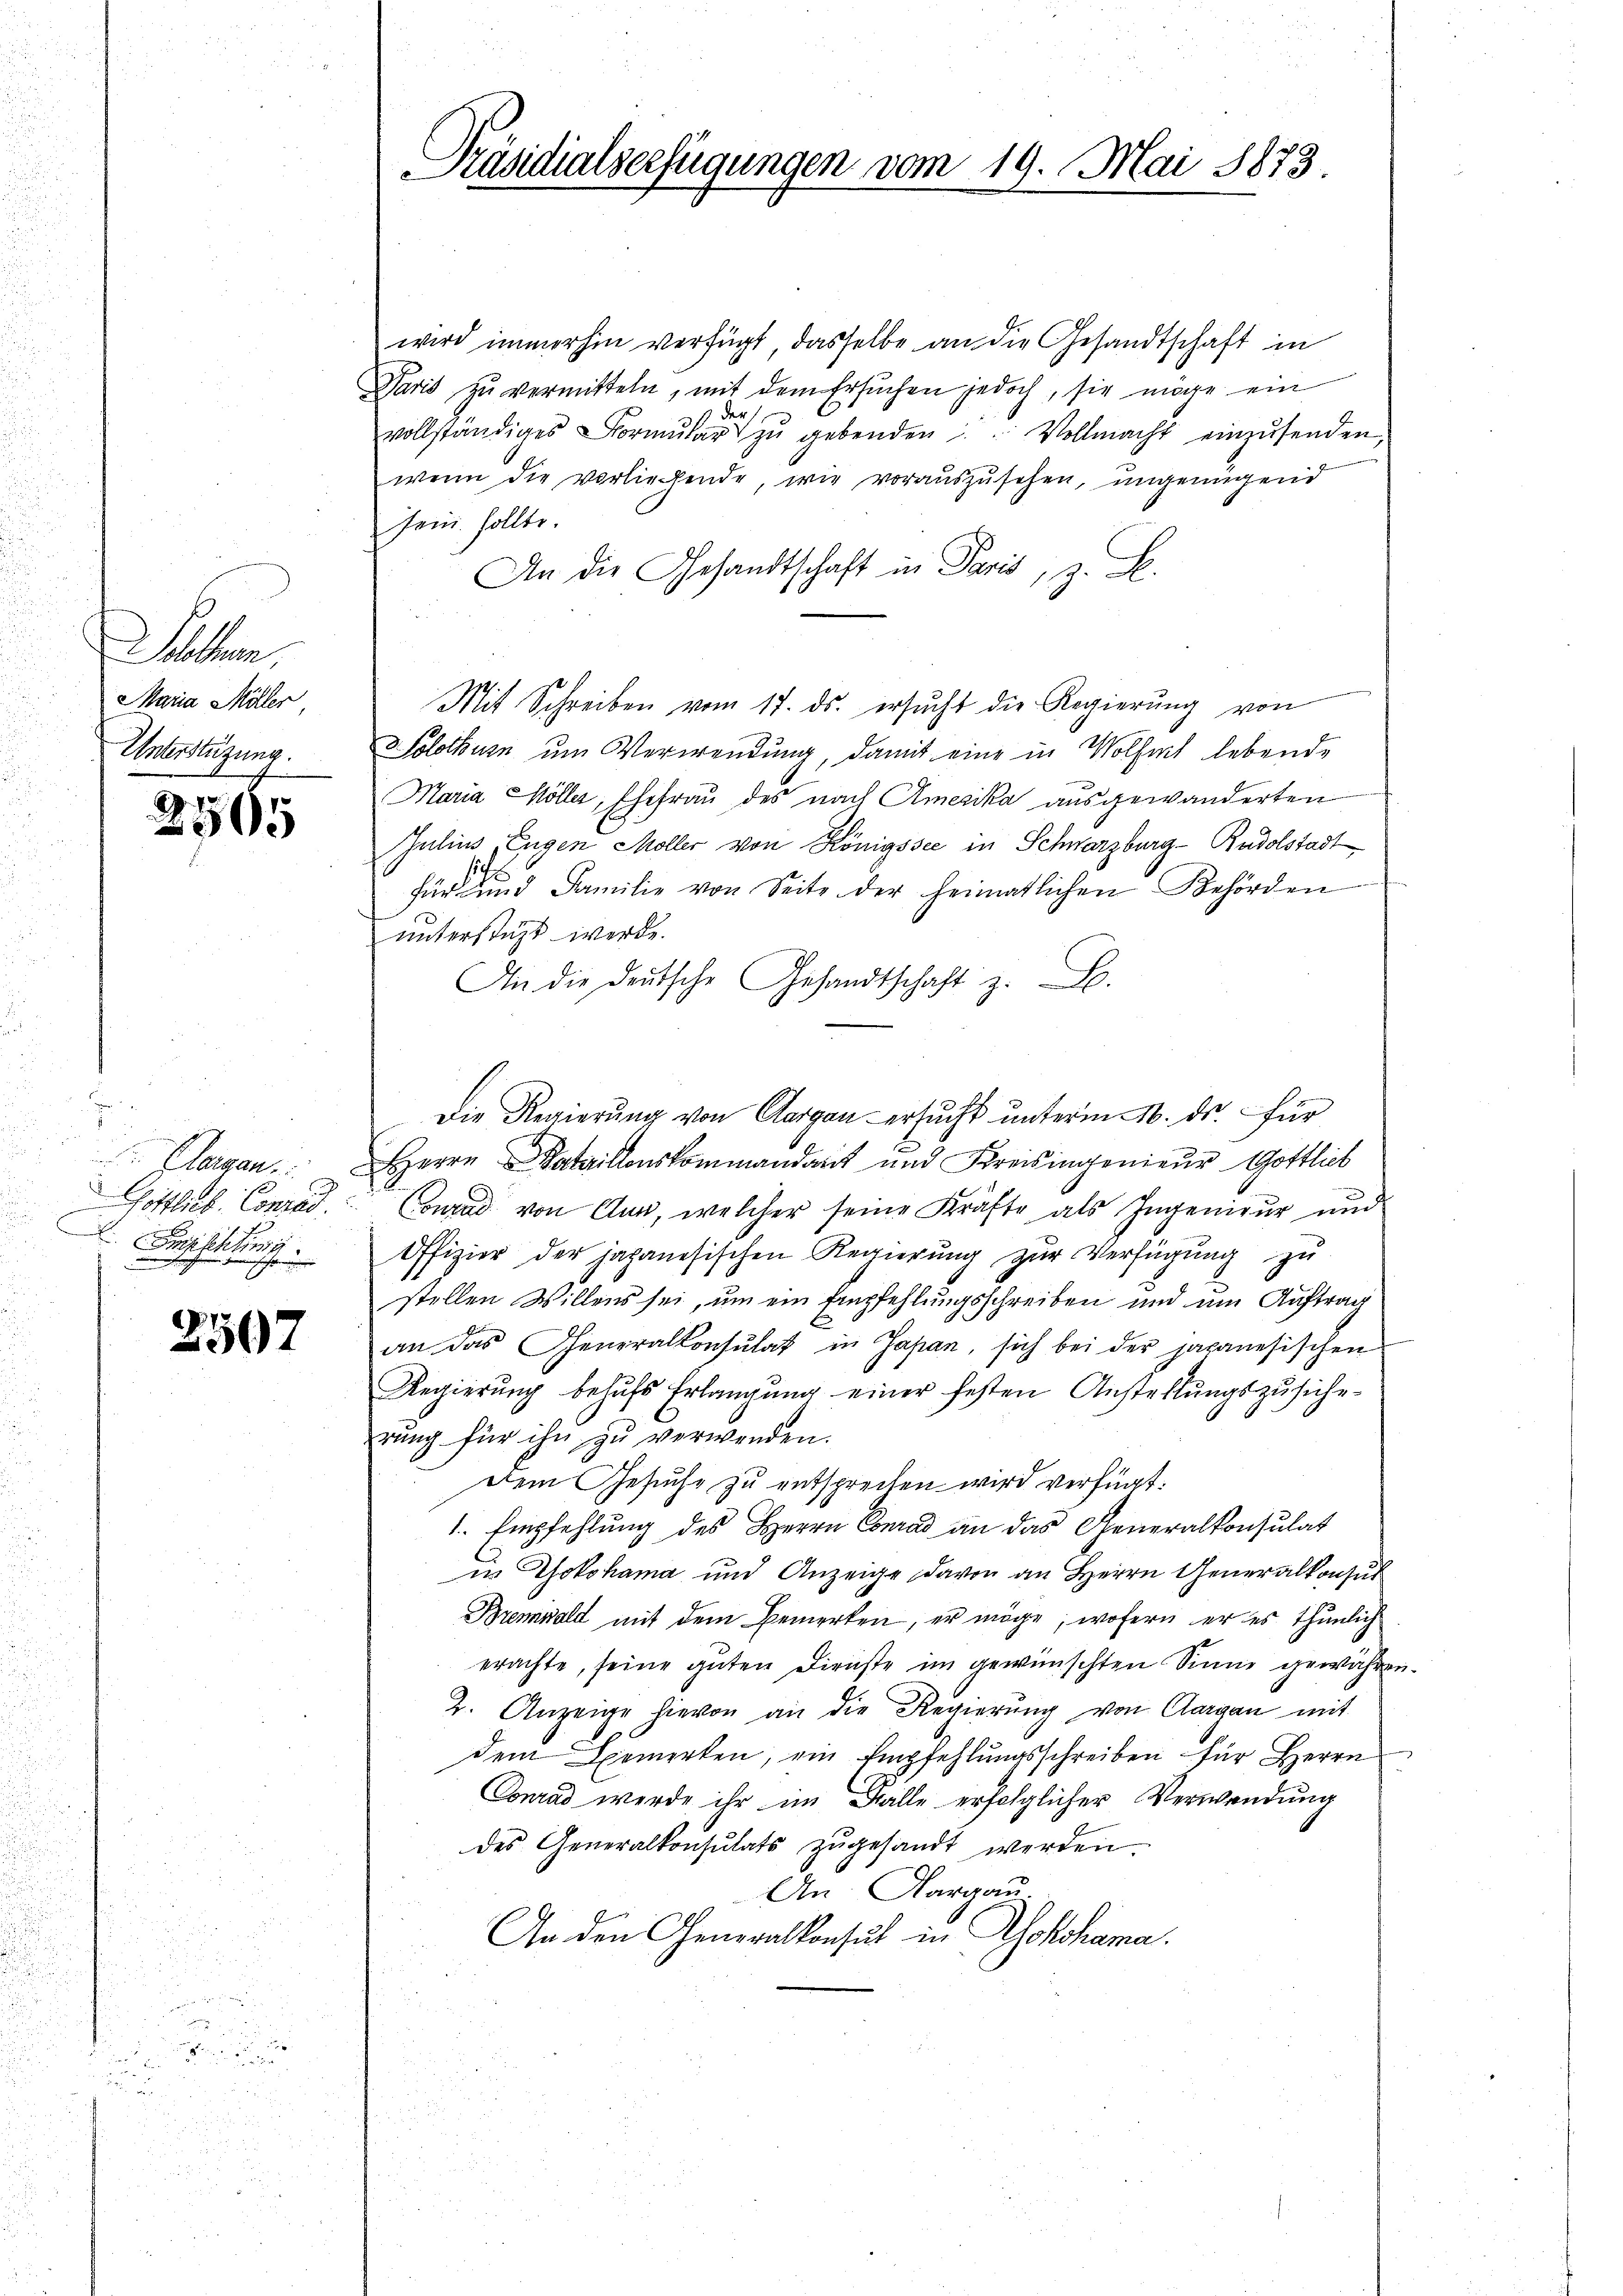
Sallen
Maria Möller
Unterstüzung.

2565

u
 Aargau.
östlieb. Conrad
 Beschleitung

2507

Präsidialverfügungen vom 19. Mai 1873.

wird immerhin verfügt, dasselbe an die Gesandtschaft in
Paris zŭ vermitteln, mit dem Ersuchen jedoch, sie möge ein
3 der
vollständiges Formŭlar zŭ gebenden Vollmacht einzŭsenden,
wenn die vorliehende, wie vorauszusehen, ungenügend
Jein sollte.
An die Gesandtschaft in Paris, z. B.
Mit Schreiben vom 17. ds. ersŭcht die Regierŭng von
Solothurn um Verwendung, damit eine in Wolfel lebende
Maria Möller, Ehefrau des nach Amerika ausgewanderten
Julius, Eugen Möller von Königssee in Schwarzburg - Rudolstadt
2
für und Familie von Seite der heimatlichen Behörden
unterstüzt werde.
An die deutsche Gesandtschaft z. B.
Die Regierung von Aargau ersucht unterm 16. ds. für
Herrn Bataillonskommandant und Kreisingenieŭr Gottlieb
Conrad von Aug, welcher seine Kräfte als Ingenieur und
Offizier der japanesischen Regierŭng zŭr Verfügŭng zu
stellen Willens sei, um ein Empfehlungsschreiben und um Auftrag
an das Generalkonsulat in Japan, sich bei der japanesischen
Regierung behŭfs Erlangung einer festen Anstellungszusiche
rŭng für ihn zu verwenden.
dem Gesuche zu entsprechen wird verfügt:
1. Empfehlung des Herrn Conrad an das Generalkonsulat
in Yokohama und Anzeige davon an Herrn Generalkonsul
Breminald mit dem Bemerken, er möge, wofern er es thunlich
erachte, seine guten Dienste im gewünschten Sinne gewähren.
2. Anzeige hievon an die Regierŭng von Aargau mit
dem Bemerken, ein Empfehlungsschreiben für Herrn
Conrad werde ihr im Falle erfolglicher Verwendung
des Generalkonsulats zŭgesandt werden.
An: Aargau
An den Generalkonsul in Yokohama.